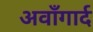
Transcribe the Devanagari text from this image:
अवाँगार्द